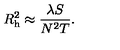
R _ { \mathrm { h } } ^ { 2 } \approx { \frac { \lambda S } { N ^ { 2 } T } } .